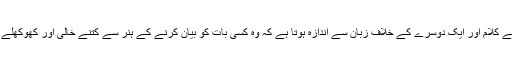
اُن کے کلام اور ایک دوسرے کے خلاف زبان سے اندازہ ہوتا ہے کہ وہ کسی بات کو بیان کرنے کے ہنر سے کتنے خالی اور کھوکھلے ہیں۔